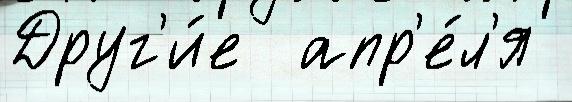
Друг'и́е  апр'е́л'я